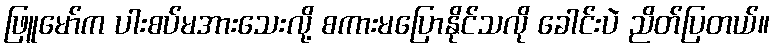
ဖြူမော်က ပါးစပ်မအားသေးလို့ စကားမပြောနိုင်သလို ခေါင်းပဲ ညိတ်ပြတယ်။